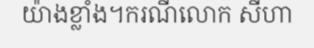
យ៉ាងខ្លាំង។ករណីលោក សីហា